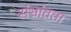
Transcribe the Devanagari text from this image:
संभ्रांतता